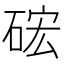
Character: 硡